Report on sanitation, dispensaries, and jails in Rajputana for 1921, and on vaccination for the year 1921-1922 - 1921-1922
Year: 1921
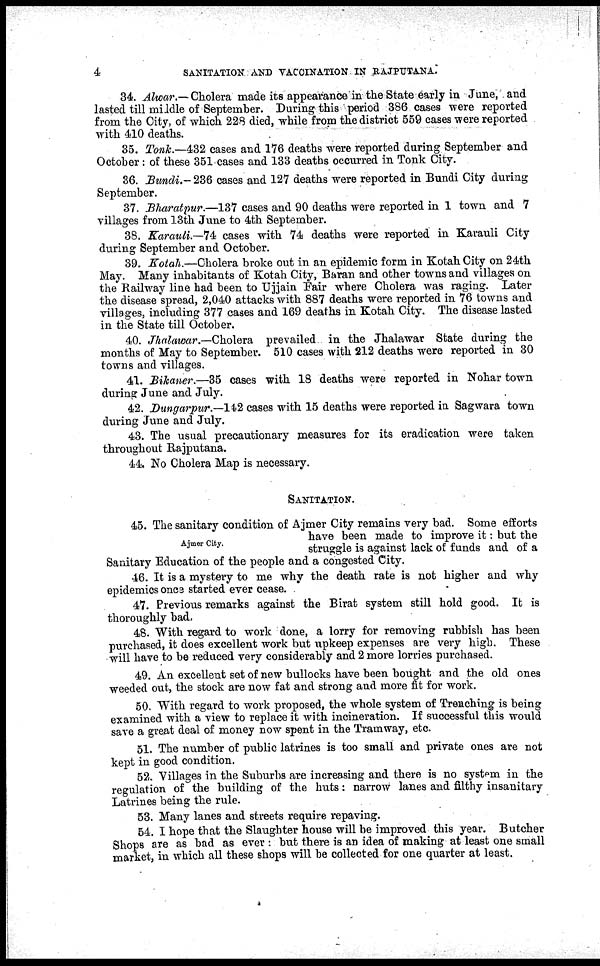
4
SANITATION AND VACCINATION IN RAJPUTANA.
34. Alwar.— Cholera made its appearance in the State early in June, and
lasted till middle of September. During this period 386 cases were reported
from the City, of which 228 died, while from the district 559 cases were reported
with 410 deaths.
35. Tonk.—432 cases and 176 deaths were reported during September and
October: of these 351 cases and 133 deaths occurred in Tonk City.
36. Bundi.— 236 cases and 127 deaths were reported in Bundi City during
September.
37. Bharatpur.—137 cases and 90 deaths were reported in 1 town and 7
villages from 13th June to 4th September.
38. Karauli.—74 cases with 74 deaths were reported in Karauli City
during September and October.
39. Kotah.—Cholera broke out in an epidemic form in Kotah City on 24th
May. Many inhabitants of Kotah City, Baran and other towns and villages on
the Railway line had been to Ujjain Fair where Cholera was raging. Later
the disease spread, 2,040 attacks with 887 deaths were reported in 76 towns and
villages, including 377 cases and 169 deaths in Kotah City. The disease lasted
in the State till October.
40. Jhalawar.—Cholera prevailed in the Jhalawar State during the
months of May to September. 510 cases with 212 deaths were reported in 30
towns and villages.
41. Bikaner.—35 cases with 18 deaths were reported in Nohar town
during June and July.
42. Dungarpur.—142 cases with 15 deaths were reported in Sagwara town
during June and July.
43. The usual precautionary measures for its eradication were taken
throughout Rajputana.
44. No Cholera Map is necessary.
SANITATION.
Ajmer City.
45. The sanitary condition of Ajmer City remains very bad. Some efforts
have been made to improve it: but the
struggle is against lack of funds and of a
Sanitary Education of the people and a congested City.
46. It is a mystery to me why the death rate is not higher and why
epidemics once started ever cease. .
47. Previous remarks against the Birat system still hold good. It is
thoroughly bad.
48. With regard to work done, a lorry for removing rubbish has been
purchased, it does excellent work but upkeep expenses are very high. These
will have to be reduced very considerably and 2 more lorries purchased.
49. An excellent set of new bullocks have been bought and the old ones
weeded out, the stock are now fat and strong and more fit for work.
50. With regard to work proposed, the whole system of Treaching is being
examined with a view to replace it with incineration. If successful this would
save a great deal of money now spent in the Tramway, etc.
51. The number of public latrines is too small and private ones are not
kept in good condition.
52. Villages in the Suburbs are increasing and there is no system in the
regulation of the building of the huts: narrow lanes and filthy insanitary
Latrines being the rule.
53. Many lanes and streets require repaving.
54. I hope that the Slaughter house will be improved this year. Butcher
Shops are as bad as ever : but there is an idea of making at least one small
market, in which all these shops will be collected for one quarter at least.